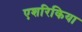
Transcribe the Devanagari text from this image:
एशरिकिया